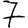
Digit: 7